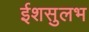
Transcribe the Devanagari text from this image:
ईशसुलभ